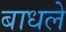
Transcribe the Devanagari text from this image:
बाधले